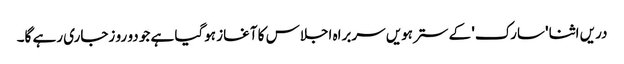
دریں اثنا 'سارک' کے سترہویں سربراہ اجلاس کا آغاز ہوگیا ہے جو دو رو زجاری رہے گا۔